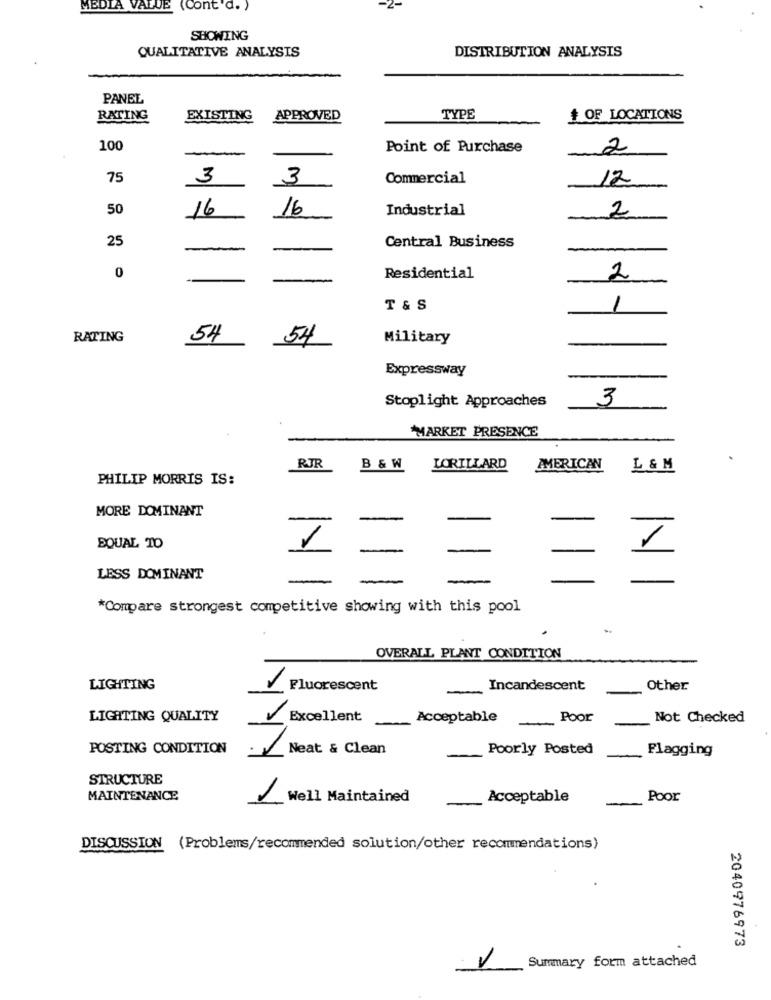
MEDIA VALUE (Cont'd. )
SHOWING
QUALITATIVE ANALYSIS
DISTRIBUTION ANALYSIS
PANEL
RATING
EXISTING
APPROVED
TYPE
# OF LOCATIONS
100
-
Point of Purchase
2
75
3
3
Commercial
12
50
16
16
Industrial
2
25
-
Central Business
0
-
Residential
2
T & S
1
RATING
54
54
Military
Expressway
3
Stoplight Approaches
MARKET PRESENCE
RJR
B & W
LORILLARD
AMERICAN
L & M
PHILIP MORRIS IS:
MORE DOMINANT
EQUAL TO
-
1
LESS DOMINANT
-
-
*Compare strongest competitive showing with this pool
OVERALL PLANT CONDITION
LIGHTING
Fluorescent
-
Incandescent
Other
LIGHTING QUALITY
Excellent
Acceptable
Poor
Not Checked
POSTING CONDITION
Neat & Clean
Poorly Posted
Flagging
STRUCTURE
MAINTENANCE
1
Well Maintained
Acceptable
Poor
DISCUSSION (Problems/recommended solution/other recommendations)
2040976973
Summary form attached